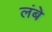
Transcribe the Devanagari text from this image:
लंबे